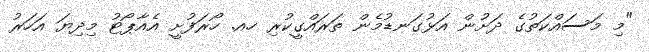
"މި މަސައްކަތުގެ ދަށުން އަޅުގަނޑުމެން ތަރައްގީކުރި ހއ. ހޯރަފުށީ އެއާޕޯޓު މިދިޔަ އަހަރު